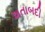
શતાબદી